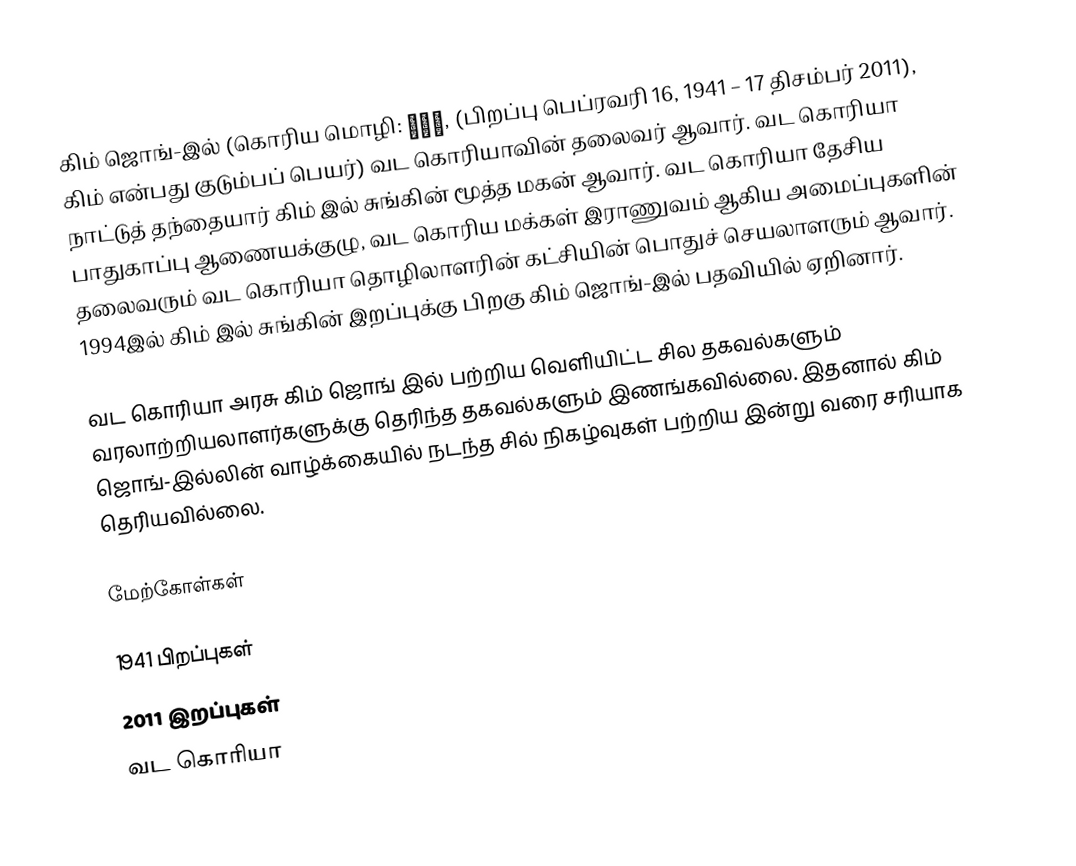
கிம் ஜொங்-இல் (கொரிய மொழி: 김정일, (பிறப்பு பெப்ரவரி 16, 1941 – 17 திசம்பர் 2011), கிம் என்பது குடும்பப் பெயர்) வட கொரியாவின் தலைவர் ஆவார். வட கொரியா நாட்டுத் தந்தையார் கிம் இல் சுங்கின் மூத்த மகன் ஆவார். வட கொரியா தேசிய பாதுகாப்பு ஆணையக்குழு, வட கொரிய மக்கள் இராணுவம் ஆகிய அமைப்புகளின் தலைவரும் வட கொரியா தொழிலாளரின் கட்சியின் பொதுச் செயலாளரும் ஆவார். 1994இல் கிம் இல் சுங்கின் இறப்புக்கு பிறகு கிம் ஜொங்-இல் பதவியில் ஏறினார்.

வட கொரியா அரசு கிம் ஜொங் இல் பற்றிய வெளியிட்ட சில தகவல்களும் வரலாற்றியலாளர்களுக்கு தெரிந்த தகவல்களும் இணங்கவில்லை. இதனால் கிம் ஜொங்-இல்லின் வாழ்க்கையில் நடந்த சில் நிகழ்வுகள் பற்றிய இன்று வரை சரியாக தெரியவில்லை.

மேற்கோள்கள்

1941 பிறப்புகள்
2011 இறப்புகள்
வட கொரியா